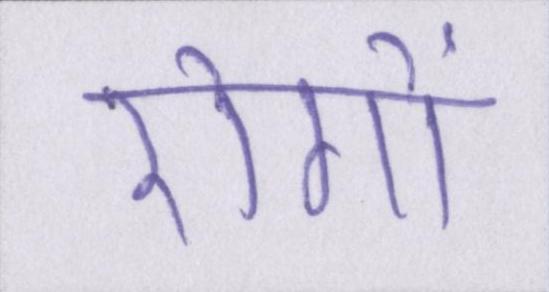
रोगों